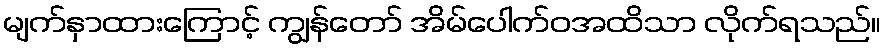
မျက်နှာထားကြောင့် ကျွန်တော် အိမ်ပေါက်ဝအထိသာ လိုက်ရသည်။